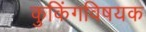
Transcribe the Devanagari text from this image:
कुकिंगविषयक